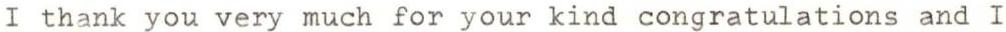
I thank you very much for your kind congratulations and I